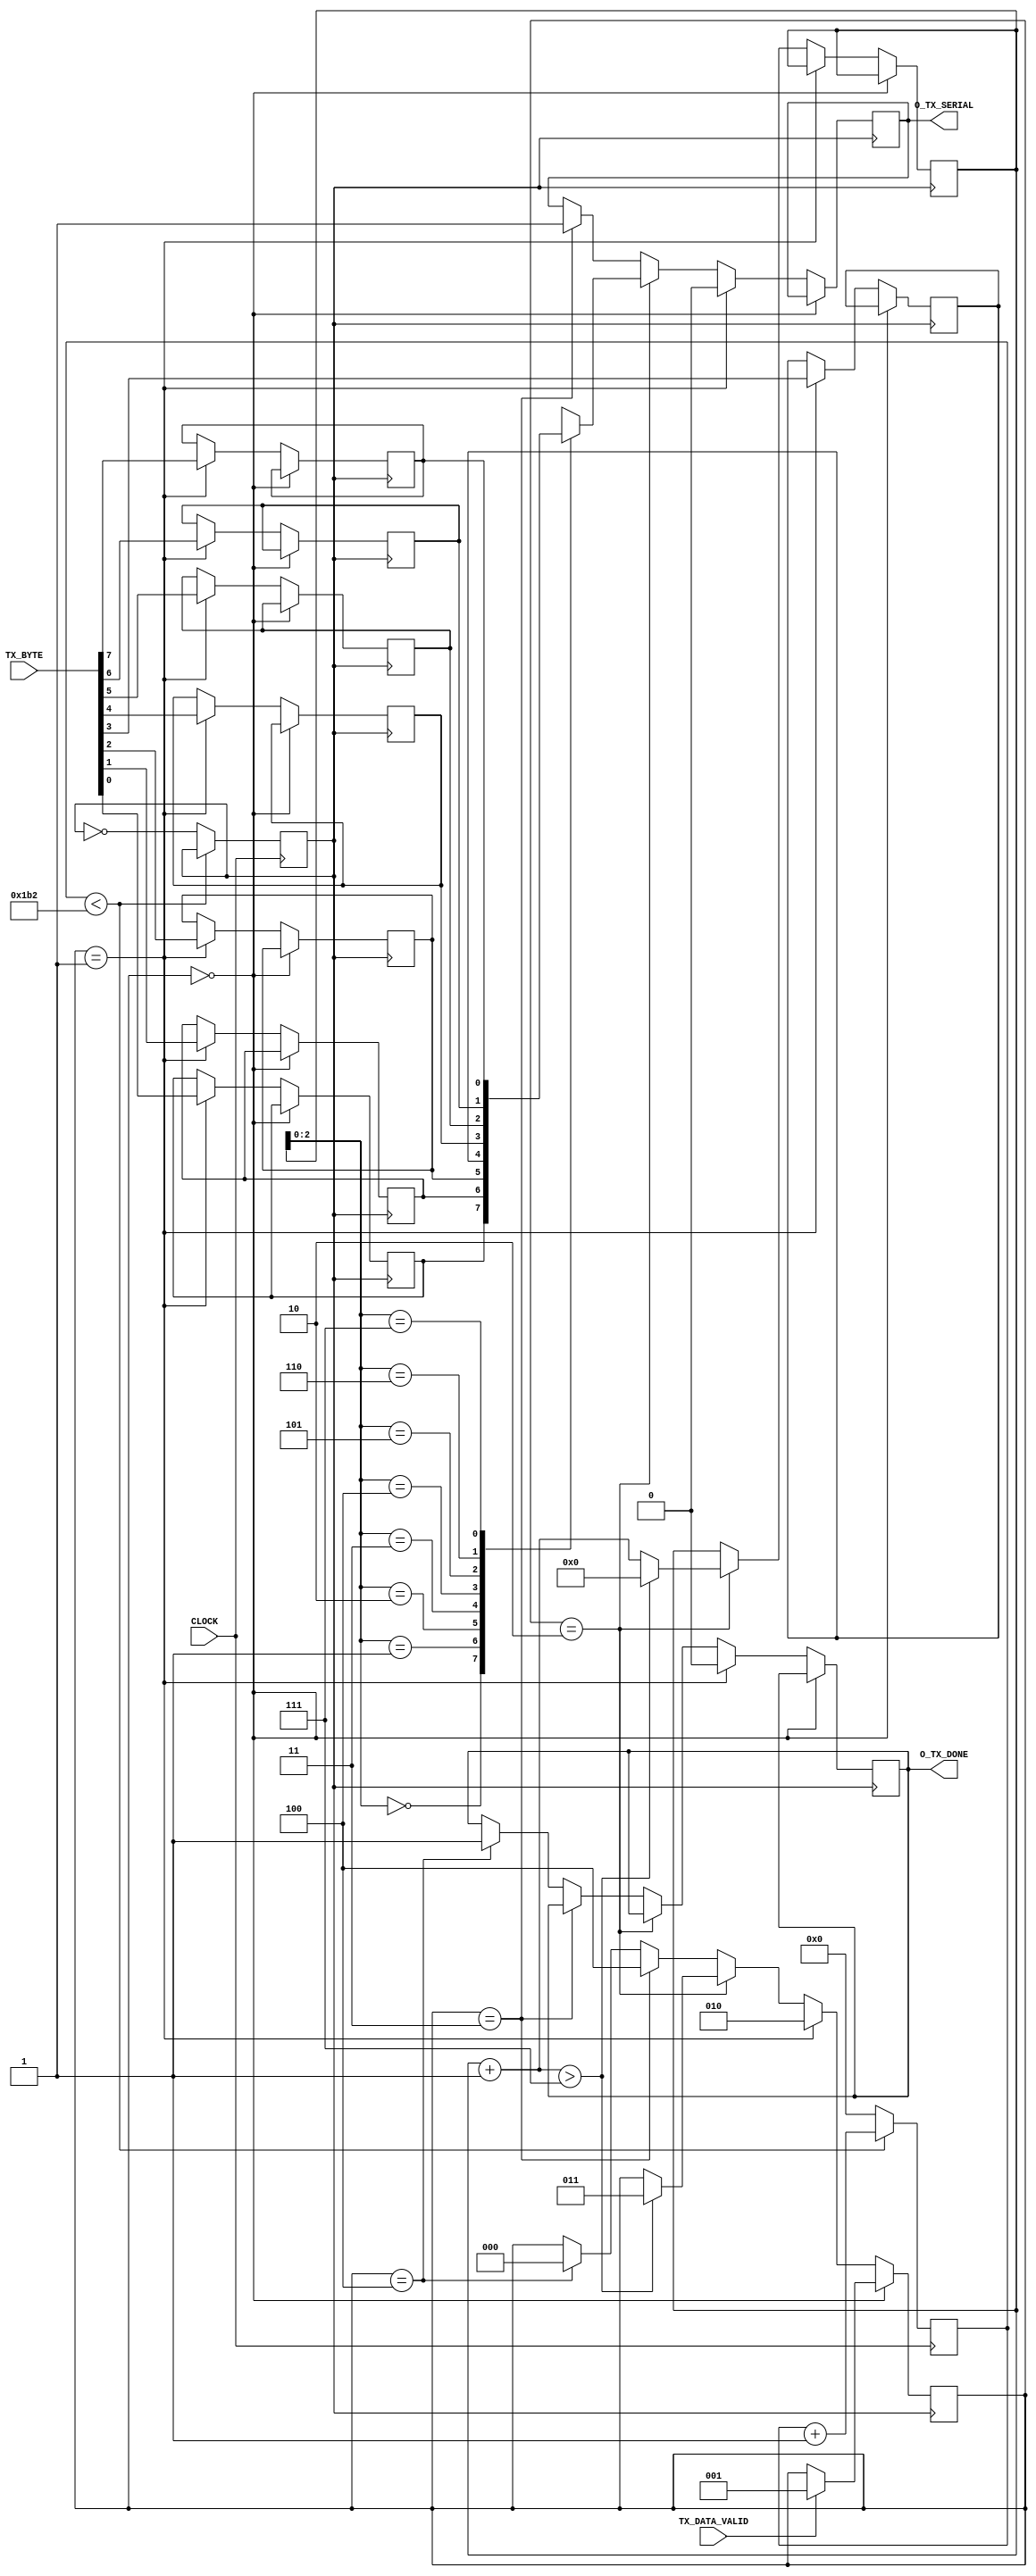
module UART(CLOCK,TX_DATA_VALID,TX_BYTE,O_TX_SERIAL,O_TX_DONE);
input CLOCK;
input TX_DATA_VALID;
input[7:0] TX_BYTE;
output O_TX_SERIAL;
output O_TX_DONE;


reg data[7:0];

reg [2:0]s0=3'b000;//ideal statae
reg [2:0]s1=3'b001;//start bit state
reg [2:0]s2=3'b010;//data transfer state
reg [2:0]s3=3'b011;//stop bit state
reg [2:0]s4=3'b100;//clean up state
reg [2:0]state=3'b000;
reg value=1;
reg [3:0]counter=4'b0000;
reg done=1;

assign O_TX_SERIAL=value;
assign O_TX_DONE=done;

//new code for 50MHZ clock generation
//This code is not used as there was some problem in downloading design in Modelsim 
//but the code below will work fine for converting clock to 50MHz 
//**************************************************************

//IF you want to get output in UWF just comment this block and replace clk in other always block with CLOCK

reg [8:0]time_counter=0;
reg CLK=0;

always @ (posedge CLOCK)begin
	if(time_counter<434)begin
		time_counter=time_counter+9'b000000001;
	end
	else begin
		time_counter=0;
		CLK=~CLK;
	end
end


//**************************************************************

//Reaplace CLK with CLOCK for getting UWF in the always block below
always @ (posedge CLK) begin

	case (state)
		s0:begin										//Ideal state
			if(TX_DATA_VALID==1) begin
				state=s1;
			end
			end
		
		s1:begin                              // TX_START_BIT  i.e. start bit state 
			value=0;
			state=s2;
			data[0]=TX_BYTE[0];
			data[1]=TX_BYTE[1];
			data[2]=TX_BYTE[2];
			data[3]=TX_BYTE[3];
			data[4]=TX_BYTE[4];
			data[5]=TX_BYTE[5];
			data[6]=TX_BYTE[6];
			data[7]=TX_BYTE[7];
			done=0;
			end
			
		s2:begin  		//TX_DATA_BITS i.e. data transfer bits
			value=data[counter];  //For sending LSB first than MSB as discussed in doubt clearning session
			counter=counter+4'b0001;
			if(counter>4'b0111)begin
					counter=4'b0000;
					state=s3;
			end

			end
			
		s3:begin     		//TX_STOP_BIT i.e. stoping bit state
			value=1;
			state=s4;
			end
			
		s4:begin
			done=1;
			state=s0;
			end
			
		endcase

	end



endmodule